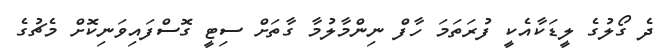
ދެ ގޯލުގެ ލީޑަކާއެކީ ފުރަތަމަ ހާފް ނިންމާލުމާ ގާތަށް ސިޓީ ގޮސްފައިވަނިކޮށް މެޗުގެ